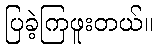
ပြခဲ့ကြဖူးတယ်။